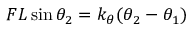
F L \sin \theta _ { 2 } = k _ { \theta } ( \theta _ { 2 } - \theta _ { 1 } )